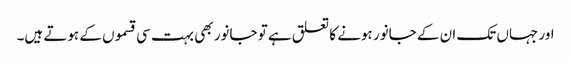
اور جہاں تک ان کے جانور ہونے کا تعلق ہے تو جانور بھی بہت سی قسموں کے ہوتے ہیں۔